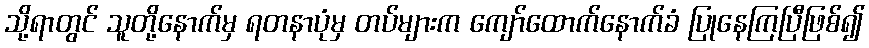
သို့ရာတွင် သူတို့နောက်မှ ရတနာပုံမှ တပ်များက ကျော်ထောက်နောက်ခံ ပြုနေကြပြီဖြစ်၍